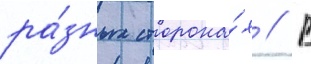
ра́зных сторона́х // В